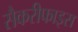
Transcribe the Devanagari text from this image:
सैकरीफाइस